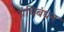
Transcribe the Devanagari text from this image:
ग्रंथिबंधन